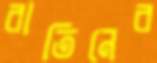
রাতিনের